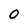
Character: O